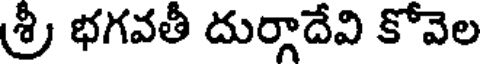
శ్రీ భగవతీ దుర్గాదేవి కోవెల